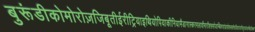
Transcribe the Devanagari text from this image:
बुरूंडीकोमोरोज़जिबूतीईरीट्रियाइथियोपियाकीनियामैडागास्करमलावीमारीशसमोजाम्बिकरवांडासेशल्ससोमालियातंजानियायुगांडाजाम्बियाज़िम्बाबवे